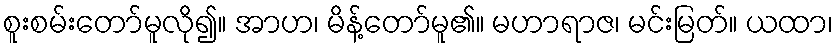
စူးစမ်းတော်မူလို၍။ အာဟ၊ မိန့်တော်မူ၏။ မဟာရာဇ၊ မင်းမြတ်။ ယထာ၊